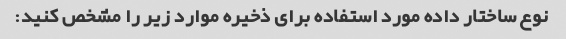
نوع ساختار داده مورد استفاده برای ذخیره موارد زیر را مشخص کنید: